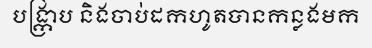
បង្ក្រាប និងចាប់ដកហូតបានកន្លងមក